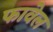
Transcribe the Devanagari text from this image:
फावेल